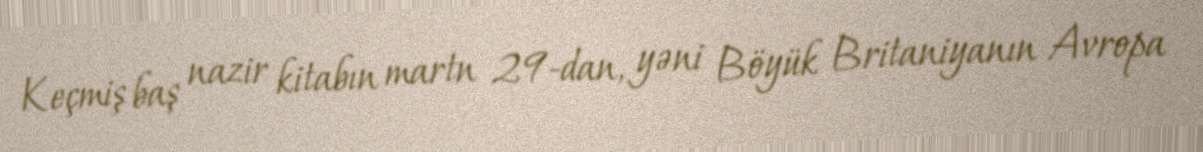
Keçmiş baş nazir kitabın martn 29-dan, yəni Böyük Britaniyanın Avropa